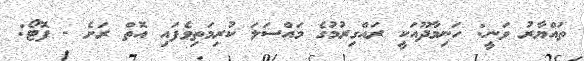
ތައްޔާރު ވަނީ: ހަނިމާދޫއަކީ ރައްގިރުމުގެ މައްސަލަ ކުރިމަތިވެފައި އޮތް ރަށެ - ފޮޓޯ: